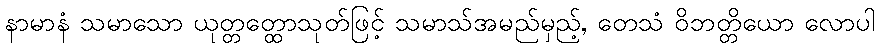
နာမာနံ သမာသော ယုတ္တတ္ထောသုတ်ဖြင့် သမာသ်အမည်မှည့်, တေသံ ဝိဘတ္တိယော လောပါ